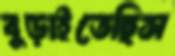
বুড়াইতেছিস